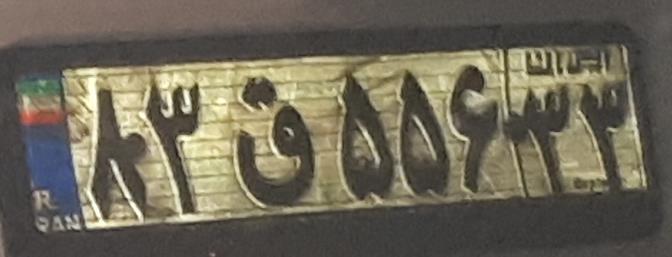
۸۳ق۵۵۶۳۳